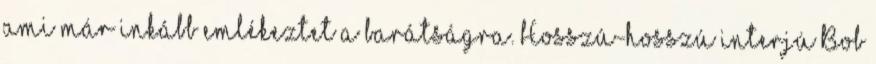
ami már inkább emlékeztet a barátságra. Hosszú-hosszú interjú Bob